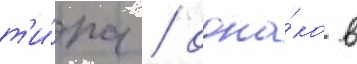
т'и́па / одна́ко в